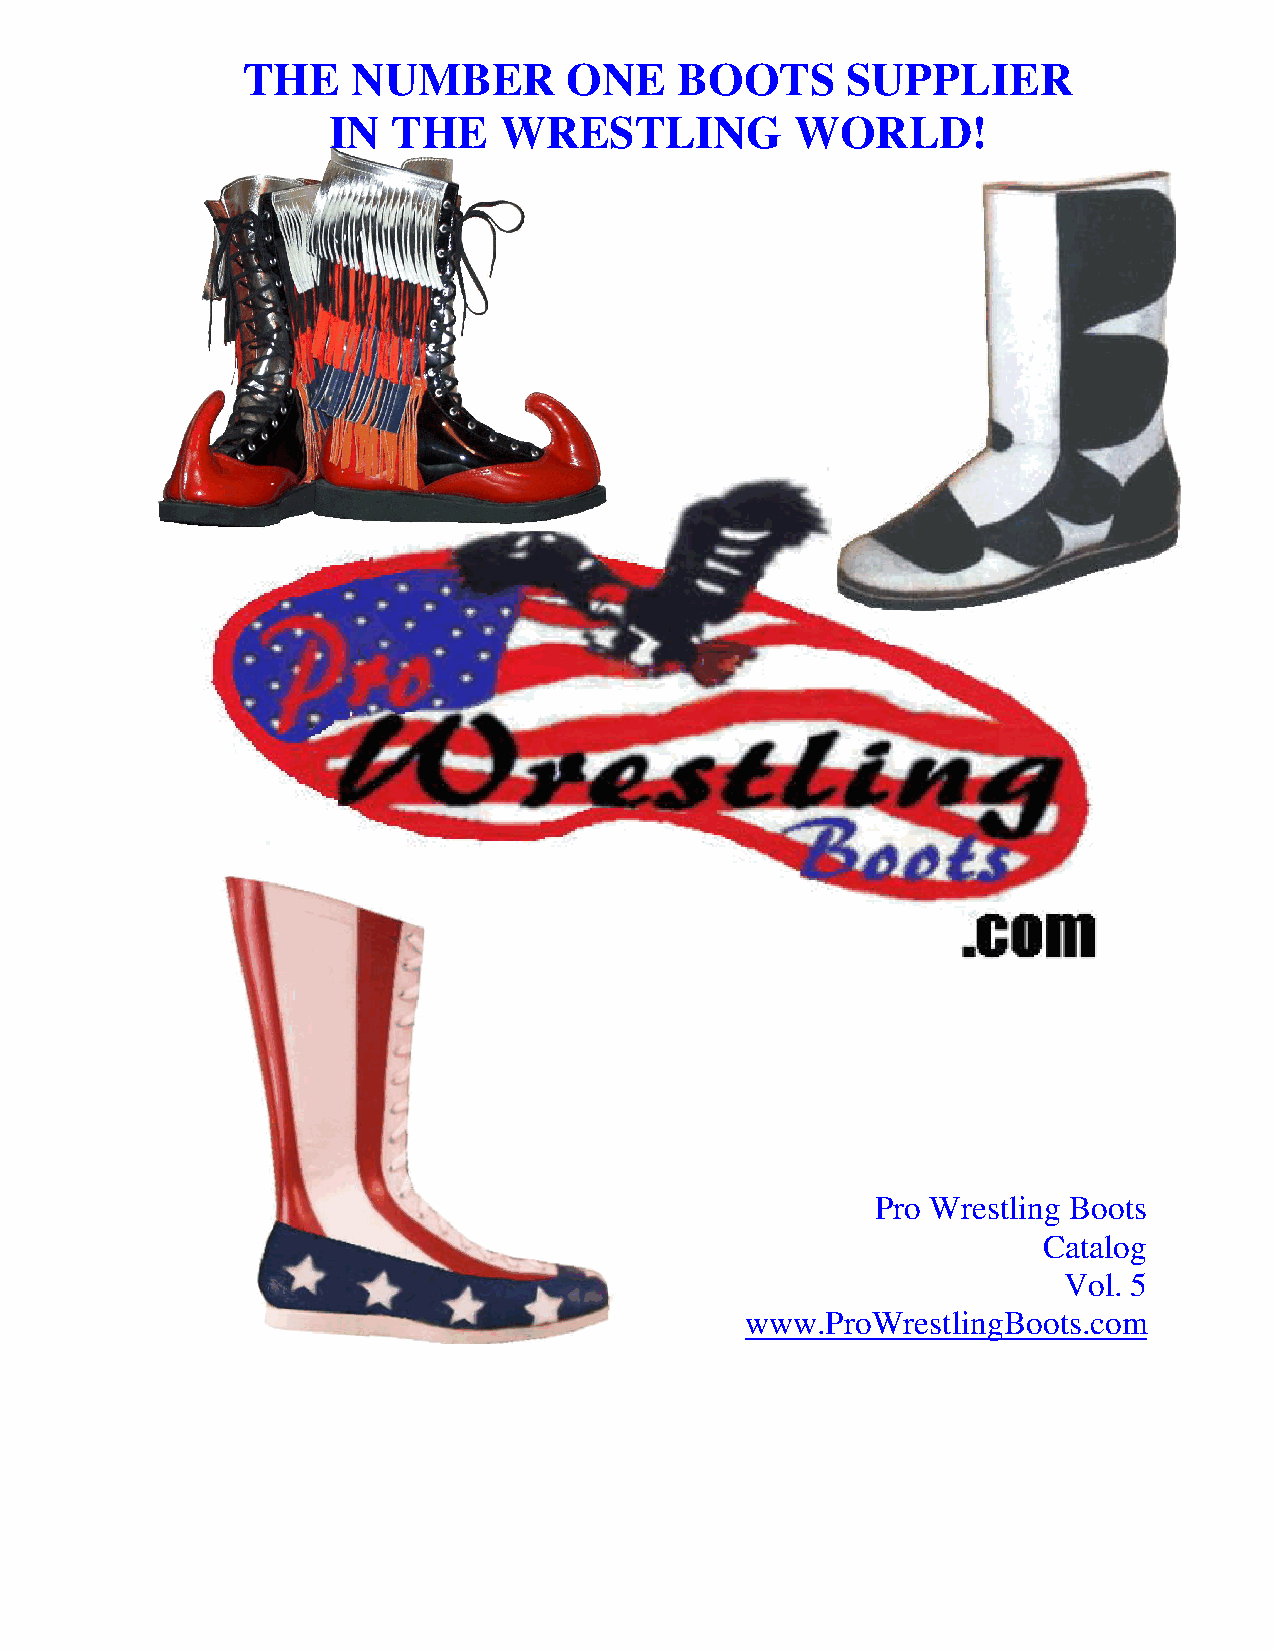
THE    NUMBER         ONE    BOOTS      SUPPLIER
 IN  THE    WRESTLING           WORLD!
 Pro Wrestling Boots
 Catalog
 Vol. 5
 www.ProWrestlingBoots.com